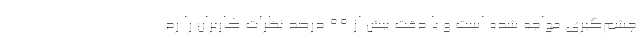
چشم‌گیری مواجه شده است و با دقت بیش از ۹۹ درصد نظرات کاربران را رد